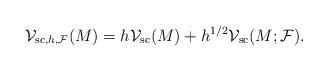
LaTeX: \begin{align*}\mathcal{V}_{\mathrm{sc},h,\mathcal{F}}(M) = h \mathcal{V}_{\mathrm{sc}}(M)+h^{1/2}\mathcal{V}_{\mathrm{sc}}(M;\mathcal{F}).\end{align*}